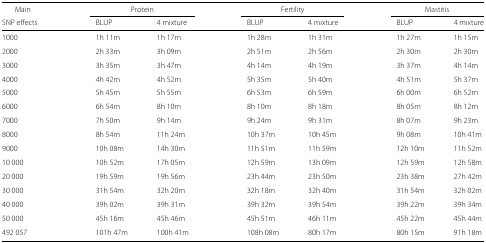
<table><thead><tr><td><b>Main</b></td><td></td><td colspan="2"><b>Protein</b></td><td></td><td colspan="2"><b>Fertility</b></td><td></td><td colspan="2"><b>Mastitis</b></td></tr><tr><td><b>SNP effects</b></td><td></td><td><b>BLUP</b></td><td><b>4 mixture</b></td><td></td><td><b>BLUP</b></td><td><b>4 mixture</b></td><td></td><td><b>BLUP</b></td><td><b>4 mixture</b></td></tr></thead><tbody><tr><td>1000</td><td></td><td>1h 11m</td><td>1h 17m</td><td></td><td>1h 28m</td><td>1h 31m</td><td></td><td>1h 27m</td><td>1h 15m</td></tr><tr><td>2000</td><td></td><td>2h 33m</td><td>3h 09m</td><td></td><td>2h 51m</td><td>2h 56m</td><td></td><td>2h 30m</td><td>2h 30m</td></tr><tr><td>3000</td><td></td><td>3h 35m</td><td>3h 47m</td><td></td><td>4h 14m</td><td>4h 19m</td><td></td><td>3h 37m</td><td>4h 14m</td></tr><tr><td>4000</td><td></td><td>4h 42m</td><td>4h 52m</td><td></td><td>5h 35m</td><td>5h 40m</td><td></td><td>4h 51m</td><td>5h 37m</td></tr><tr><td>5000</td><td></td><td>5h 45m</td><td>5h 55m</td><td></td><td>6h 53m</td><td>6h 59m</td><td></td><td>6h 00m</td><td>6h 52m</td></tr><tr><td>6000</td><td></td><td>6h 54m</td><td>8h 10m</td><td></td><td>8h 10m</td><td>8h 18m</td><td></td><td>8h 05m</td><td>8h 12m</td></tr><tr><td>7000</td><td></td><td>7h 50m</td><td>9h 14m</td><td></td><td>9h 24m</td><td>9h 31m</td><td></td><td>8h 07m</td><td>9h 23m</td></tr><tr><td>8000</td><td></td><td>8h 54m</td><td>11h 24m</td><td></td><td>10h 37m</td><td>10h 45m</td><td></td><td>9h 08m</td><td>10h 41m</td></tr><tr><td>9000</td><td></td><td>10h 08m</td><td>14h 30m</td><td></td><td>11h 51m</td><td>11h 59m</td><td></td><td>12h 10m</td><td>11h 52m</td></tr><tr><td>10 000</td><td></td><td>10h 52m</td><td>17h 05m</td><td></td><td>12h 59m</td><td>13h 09m</td><td></td><td>12h 59m</td><td>12h 58m</td></tr><tr><td>20 000</td><td></td><td>19h 59m</td><td>19h 56m</td><td></td><td>23h 44m</td><td>23h 50m</td><td></td><td>23h 38m</td><td>27h 42m</td></tr><tr><td>30 000</td><td></td><td>31h 54m</td><td>32h 20m</td><td></td><td>32h 18m</td><td>32h 40m</td><td></td><td>31h 54m</td><td>32h 02m</td></tr><tr><td>40 000</td><td></td><td>39h 02m</td><td>39h 31m</td><td></td><td>39h 32m</td><td>39h 54m</td><td></td><td>39h 22m</td><td>39h 34m</td></tr><tr><td>50 000</td><td></td><td>45h 16m</td><td>45h 46m</td><td></td><td>45h 51m</td><td>46h 11m</td><td></td><td>45h 22m</td><td>45h 44m</td></tr><tr><td>492 057</td><td></td><td>101h 47m</td><td>100h 41m</td><td></td><td>108h 08m</td><td>80h 17m</td><td></td><td>80h 15m</td><td>91h 18m</td></tr></tbody></table>